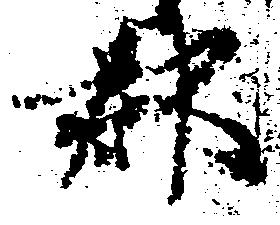
郡